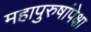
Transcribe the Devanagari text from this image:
महापुरुषांपेक्षा